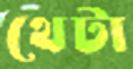
থেটা